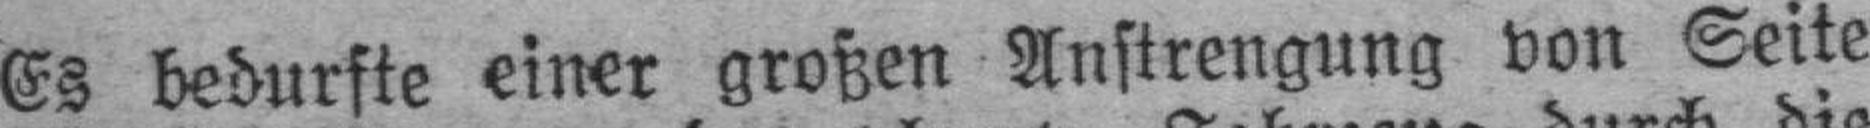
Es bedurfte einer großen Anstrengung von Seite